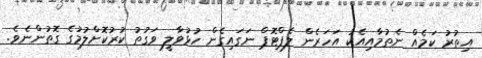
އިތުރު ކަމެއް ނެތުމާއިއެކު އަހަރެން ލެޕްޓޮޕް ނަގައިގެން ހުޅުވާލީ ވަގުތު ކުރުކޮށްލުމުގެ ގޮތުންނެވެ.